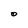
Character: O